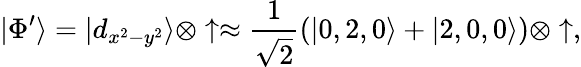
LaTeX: |\Phi^{\prime}\rangle=|d_{x^{2}-y^{2}}\rangle\otimes\uparrow\approx\frac{1}{\sqrt{2}}(|0,2,0\rangle+|2,0,0\rangle)\otimes\uparrow,